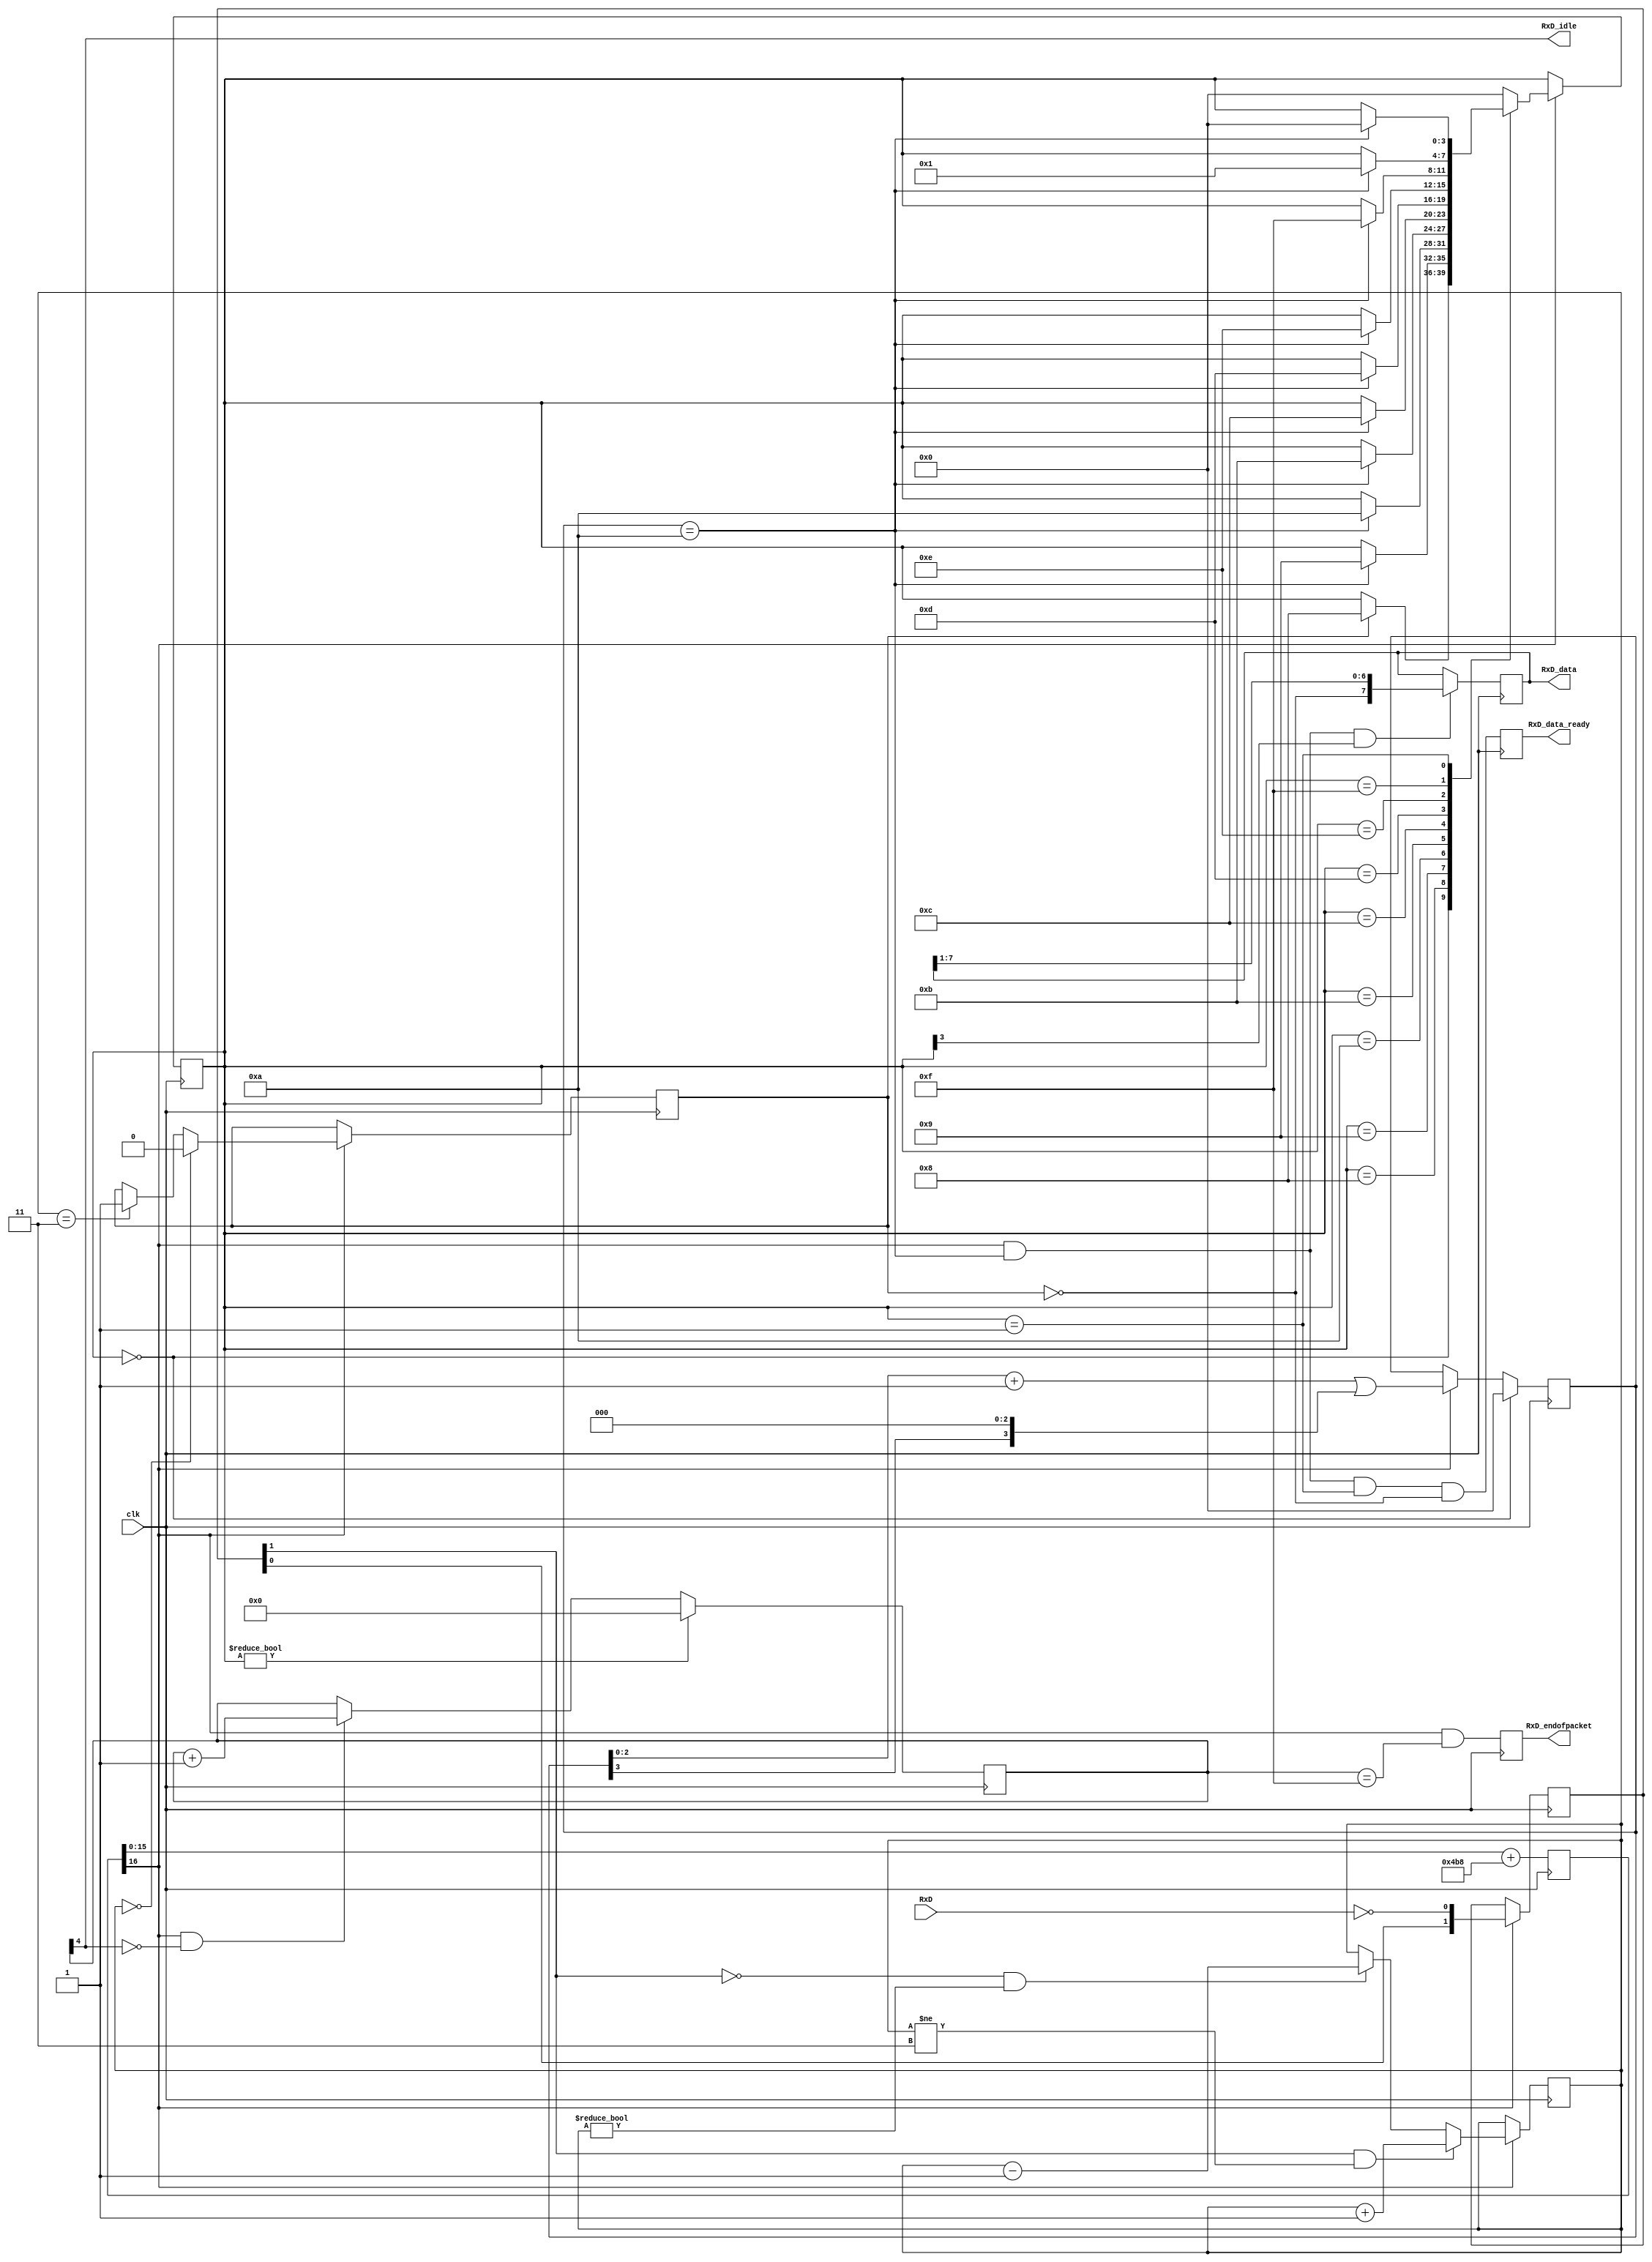
module async_receiver_11(clk, RxD, RxD_data_ready, RxD_data, RxD_endofpacket, RxD_idle);
input clk, RxD;
output RxD_data_ready;  
output [7:0] RxD_data;
parameter ClkFrequency = 50000000; 
parameter Baud = 115200;
output RxD_endofpacket;  
output RxD_idle;  
parameter Baud8 = Baud*8;
parameter Baud8GeneratorAccWidth = 16;
wire [Baud8GeneratorAccWidth:0] Baud8GeneratorInc = ((Baud8<<(Baud8GeneratorAccWidth-7))+(ClkFrequency>>8))/(ClkFrequency>>7);
reg [Baud8GeneratorAccWidth:0] Baud8GeneratorAcc;
always @(posedge clk) Baud8GeneratorAcc <= Baud8GeneratorAcc[Baud8GeneratorAccWidth-1:0] + Baud8GeneratorInc;
wire Baud8Tick = Baud8GeneratorAcc[Baud8GeneratorAccWidth];
reg [1:0] RxD_sync_inv;
always @(posedge clk) if(Baud8Tick) RxD_sync_inv <= {RxD_sync_inv[0], ~RxD};
reg [1:0] RxD_cnt_inv;
reg RxD_bit_inv;
always @(posedge clk)
if(Baud8Tick)
begin
	if( RxD_sync_inv[1] && RxD_cnt_inv!=2'b11) RxD_cnt_inv <= RxD_cnt_inv + 2'h1;
	else 
	if(~RxD_sync_inv[1] && RxD_cnt_inv!=2'b00) RxD_cnt_inv <= RxD_cnt_inv - 2'h1;
	if(RxD_cnt_inv==2'b00) RxD_bit_inv <= 1'b0;
	else
	if(RxD_cnt_inv==2'b11) RxD_bit_inv <= 1'b1;
end
reg [3:0] state;
reg [3:0] bit_spacing;
wire next_bit = (bit_spacing==4'd10);
always @(posedge clk)
if(state==0)
	bit_spacing <= 4'b0000;
else
if(Baud8Tick)
	bit_spacing <= {bit_spacing[2:0] + 4'b0001} | {bit_spacing[3], 3'b000};
always @(posedge clk)
if(Baud8Tick)
case(state)
	4'b0000: if(RxD_bit_inv) state <= 4'b1000;  
	4'b1000: if(next_bit) state <= 4'b1001;  
	4'b1001: if(next_bit) state <= 4'b1010;  
	4'b1010: if(next_bit) state <= 4'b1011;  
	4'b1011: if(next_bit) state <= 4'b1100;  
	4'b1100: if(next_bit) state <= 4'b1101;  
	4'b1101: if(next_bit) state <= 4'b1110;  
	4'b1110: if(next_bit) state <= 4'b1111;  
	4'b1111: if(next_bit) state <= 4'b0001;  
	4'b0001: if(next_bit) state <= 4'b0000;  
	default: state <= 4'b0000;
endcase
reg [7:0] RxD_data;
always @(posedge clk)
if(Baud8Tick && next_bit && state[3]) RxD_data <= {~RxD_bit_inv, RxD_data[7:1]};
reg RxD_data_ready, RxD_data_error;
always @(posedge clk)
begin
	RxD_data_ready <= (Baud8Tick && next_bit && state==4'b0001 && ~RxD_bit_inv);  
	RxD_data_error <= (Baud8Tick && next_bit && state==4'b0001 &&  RxD_bit_inv);  
end
reg [4:0] gap_count;
always @(posedge clk) if (state!=0) gap_count<=5'h00; else if(Baud8Tick & ~gap_count[4]) gap_count <= gap_count + 5'h01;
assign RxD_idle = gap_count[4];
reg RxD_endofpacket; always @(posedge clk) RxD_endofpacket <= Baud8Tick & (gap_count==5'h0F);
endmodule